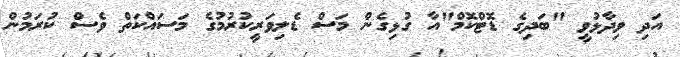
އަދި ވިދާޅުވީ "ބަދިގެ ޑޮޓްކޮމް"އާ ގުޅިގެން މަސް ޑެލިވަރީކުރުމުގެ މަސައްކަތް ވެސް ކުރަމުން